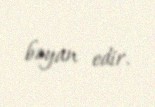
bəyan edir.